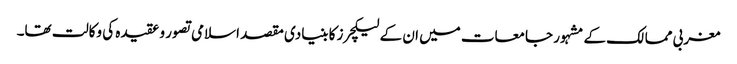
مغربی ممالک کے مشہور جامعات میں ان کے لیکچرز کا بنیادی مقصد اسلامی تصور و عقیدہ کی وکالت تھا۔